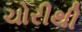
ચોરીથી